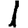
Digit: 1